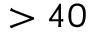
> 4 0